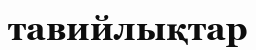
тавийлықтар